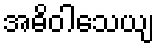
အဓိဝါသေယျ